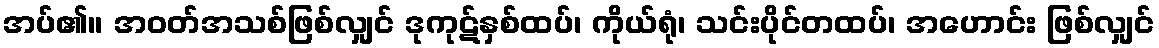
အပ်၏။ အဝတ်အသစ်ဖြစ်လျှင် ဒုကုဋ်နှစ်ထပ်၊ ကိုယ်ရုံ၊ သင်းပိုင်တထပ်၊ အဟောင်း ဖြစ်လျှင်